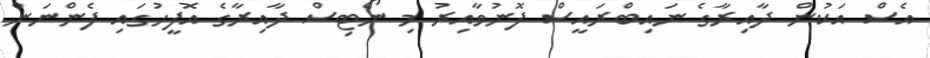
އެސް އަކުން ދާއިރާގެ ނައިބްރައީސް ފޮނުވާއިރު މި ނޯޓިސް ދާއިރާގެ އޮފީހުގައި ފެންނަން